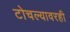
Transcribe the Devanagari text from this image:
टोचल्यावरही